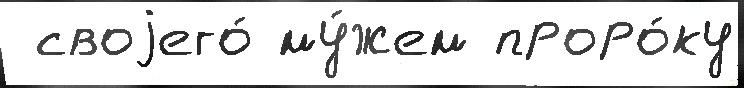
 своjего́ му́жем проро́ку